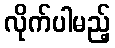
လိုက်ပါမည့်